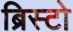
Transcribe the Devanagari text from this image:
ब्रिस्टो